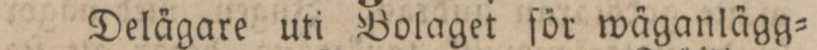
Delägare uti Bolaget för wäganlägg=